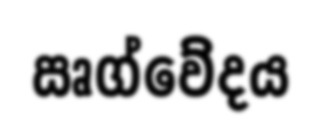
ඍග්වේදය